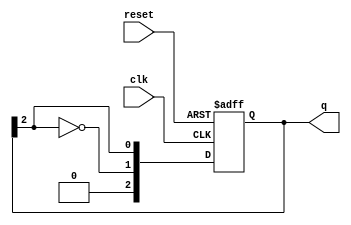
module ring_johnson_counter #(
    parameter N = 3  // Number of flip-flops
)(
    input wire clk,   // Clock signal
    input wire reset, // Reset signal
    output reg [N-1:0] q // Output of the counter
);

    // Sequential logic for the Johnson counter
    always @(posedge clk or posedge reset) begin
        if (reset) begin
            // Initialize the counter to 0
            q <= 0;
        end else begin
            // Shift the output and feedback the inverted last bit
            q <= {~q[N-1], q[N-1:N-1]}; // Shift and feedback inverted last bit
        end
    end

endmodule